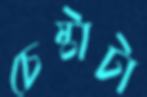
চেষ্টাটা